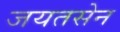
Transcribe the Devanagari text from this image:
जयतसेन